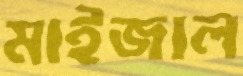
মাইজাল